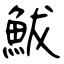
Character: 鮁